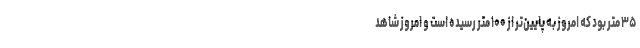
۳۵ متر بود که امروز به پایین‌تر از ۱۰۰ متر رسیده است و امروز شاهد